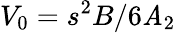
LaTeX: V_{0}=s^{2}B/{6\mathit{A}_{2}}